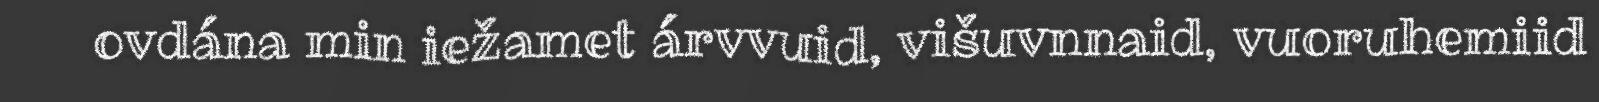
ovdána min iežamet árvvuid, višuvnnaid, vuoruhemiid